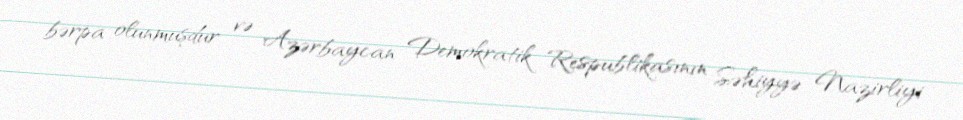
bərpa olunmuşdur və Azərbaycan Demokratik Respublikasının Səhiyyə Nazirliyi